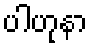
ပါဟုနာ